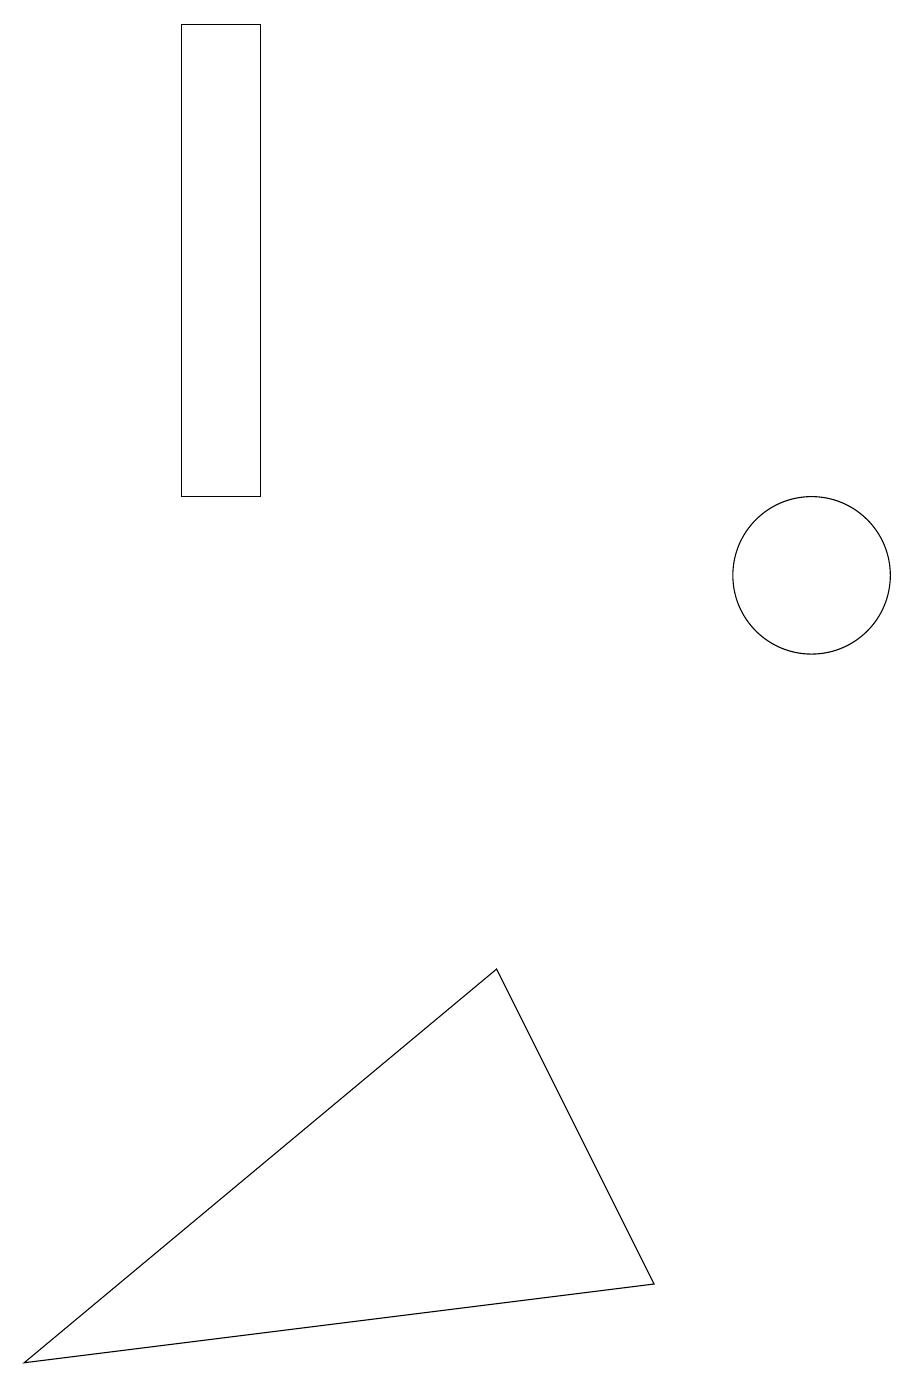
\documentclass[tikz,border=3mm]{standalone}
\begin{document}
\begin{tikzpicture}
\draw (2,17) rectangle (3,11);
\draw (11,11) circle (0);
\draw (7,14) rectangle (7,14);
\draw (10,10) circle (1);
\draw (8,1) -- (0,0) -- (6,5) -- cycle;
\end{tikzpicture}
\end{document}